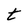
Character: t